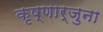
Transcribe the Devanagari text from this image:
कृष्णार्जुना